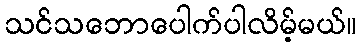
သင်သဘောပေါက်ပါလိမ့်မယ်။